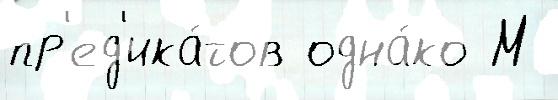
пр'ед'ика́тов одна́ко М